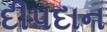
દીપદાન